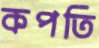
কপতি